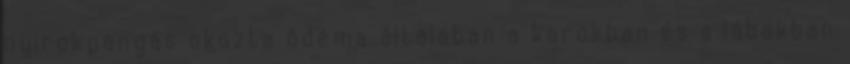
nyirokpangás okozta ödéma általában a karokban és a lábakban